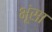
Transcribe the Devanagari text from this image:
भूंसा